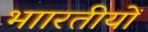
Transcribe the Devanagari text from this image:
भाारतीयों